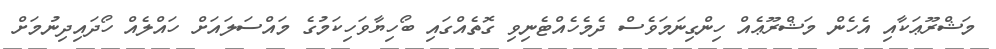
މަޝްރޫޢަކާއި އެހެން މަޝްރޫޢެއް ހިންގިނަމަވެސް ދެމެހެއްޓެނިވި ގޮތެއްގައި ބޯހިޔާވަހިކަމުގެ މައްސަލައަށް ހައްލެއް ހޯދައިދިނުމަށް